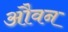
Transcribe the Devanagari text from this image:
औवन